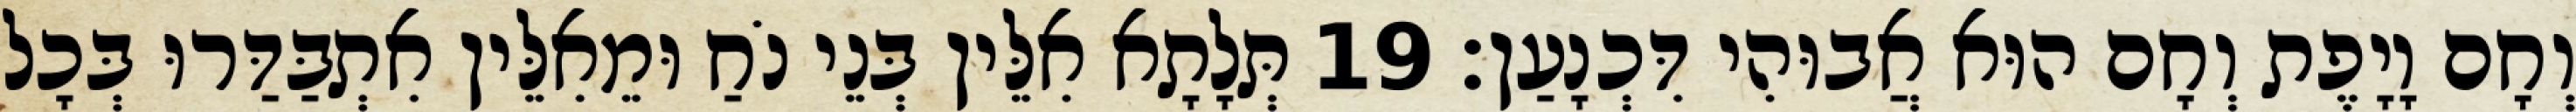
וְחָם וָיָפֶת וְחָם הוּא אֲבוּהִי דִּכְנָעַן׃ 19 תְּלָתָא אִלֵּין בְּנֵי נֹחַ וּמֵאִלֵּין אִתְבַּדַּרוּ בְּכָל